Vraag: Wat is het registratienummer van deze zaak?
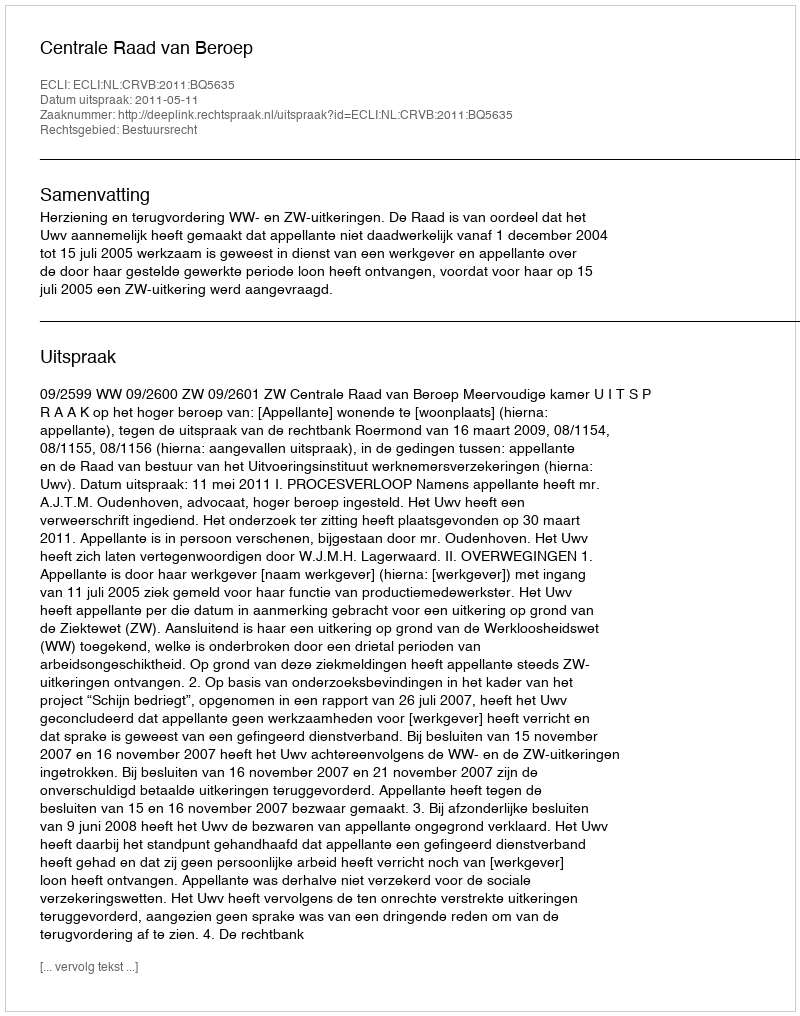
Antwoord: http://deeplink.rechtspraak.nl/uitspraak?id=ECLI:NL:CRVB:2011:BQ5635